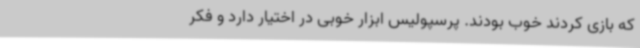
که بازی کردند خوب بودند. پرسپولیس ابزار خوبی در اختیار دارد و فکر